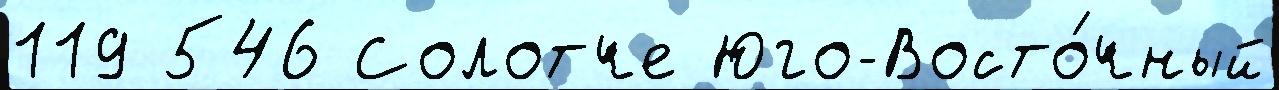
119 546 Солотче Юго-Восто́чный